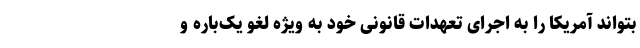
بتواند آمریکا را به اجرای تعهدات قانونی خود به ویژه لغو یک‌باره و